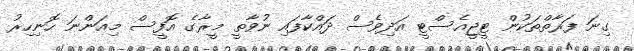
ގިނަ ފަރާތްތަކުން ޓީޖީއެސްޓީ އަދިވެސް ދައްކާފައި ނުވާތީ މީރާގެ އޮފީސް މިއަންނަ ހޮނިހިރު